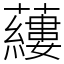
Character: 𧃒